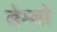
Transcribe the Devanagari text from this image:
बेम्बो